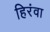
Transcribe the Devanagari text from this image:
हिरंवा